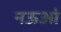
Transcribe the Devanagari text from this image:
नऊआं